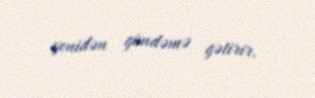
yenidən gündəmə gətirir.